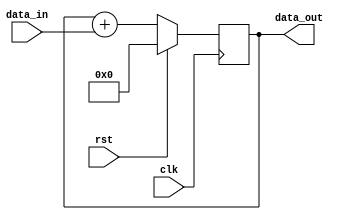
module cascaded_accumulator
(
  input wire clk,
  input wire rst,
  input wire [7:0] data_in,
  output wire [15:0] data_out
);

reg [15:0] accumulator;

always @(posedge clk) begin
  if (rst) begin
    accumulator <= 16'h0000;
  end else begin
    accumulator <= accumulator + data_in;
  end
end

assign data_out = accumulator;

endmodule